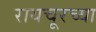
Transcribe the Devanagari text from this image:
रायचूरच्या